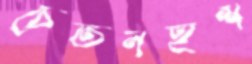
চেতনহুঁশ